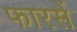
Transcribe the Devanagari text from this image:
फारसें